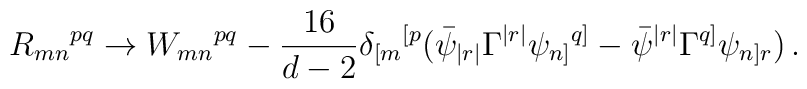
R_{mn}{}^{pq} \rightarrow W_{mn}{}^{pq} - \frac{16}{d-2}\delta_{[m}{}^{[p}(\bar\psi_{|r|}\Gamma^{|r|}\psi_{n]}{}^{q]}- \bar\psi^{|r|}\Gamma^{q]}\psi_{n]r}) \, .